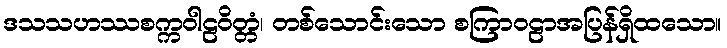
ဒသသဟဿစက္ကဝါဠဝိတ္တံ၊ တစ်သောင်းသော စကြာဝဠာအပြန်ရှိထသော။